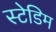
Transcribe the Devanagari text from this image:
स्टेडिम